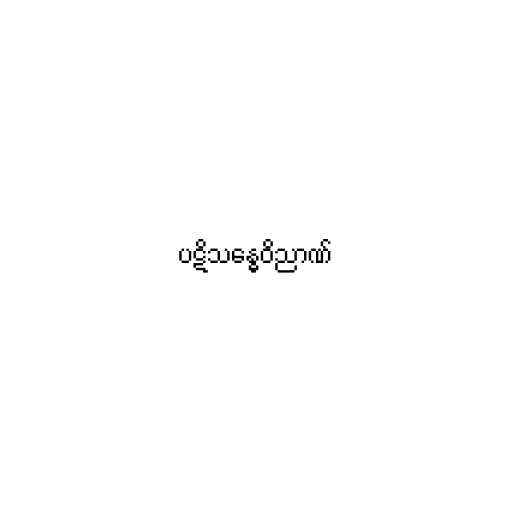
ပဋိသန္ဓေဝိညာဏ်